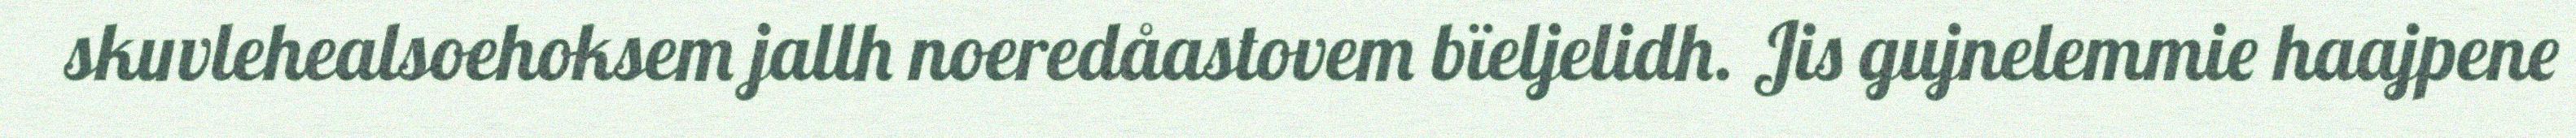
skuvlehealsoehoksem jallh noeredåastovem bïeljelidh. Jis gujnelemmie haajpene